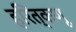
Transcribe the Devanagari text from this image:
हरित्कणू